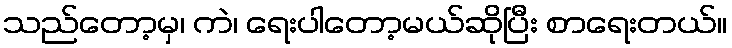
သည်တော့မှ၊ ကဲ၊ ရေးပါတော့မယ်ဆိုပြီး စာရေးတယ်။